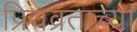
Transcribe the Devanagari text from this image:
प्रियव्रताच्या